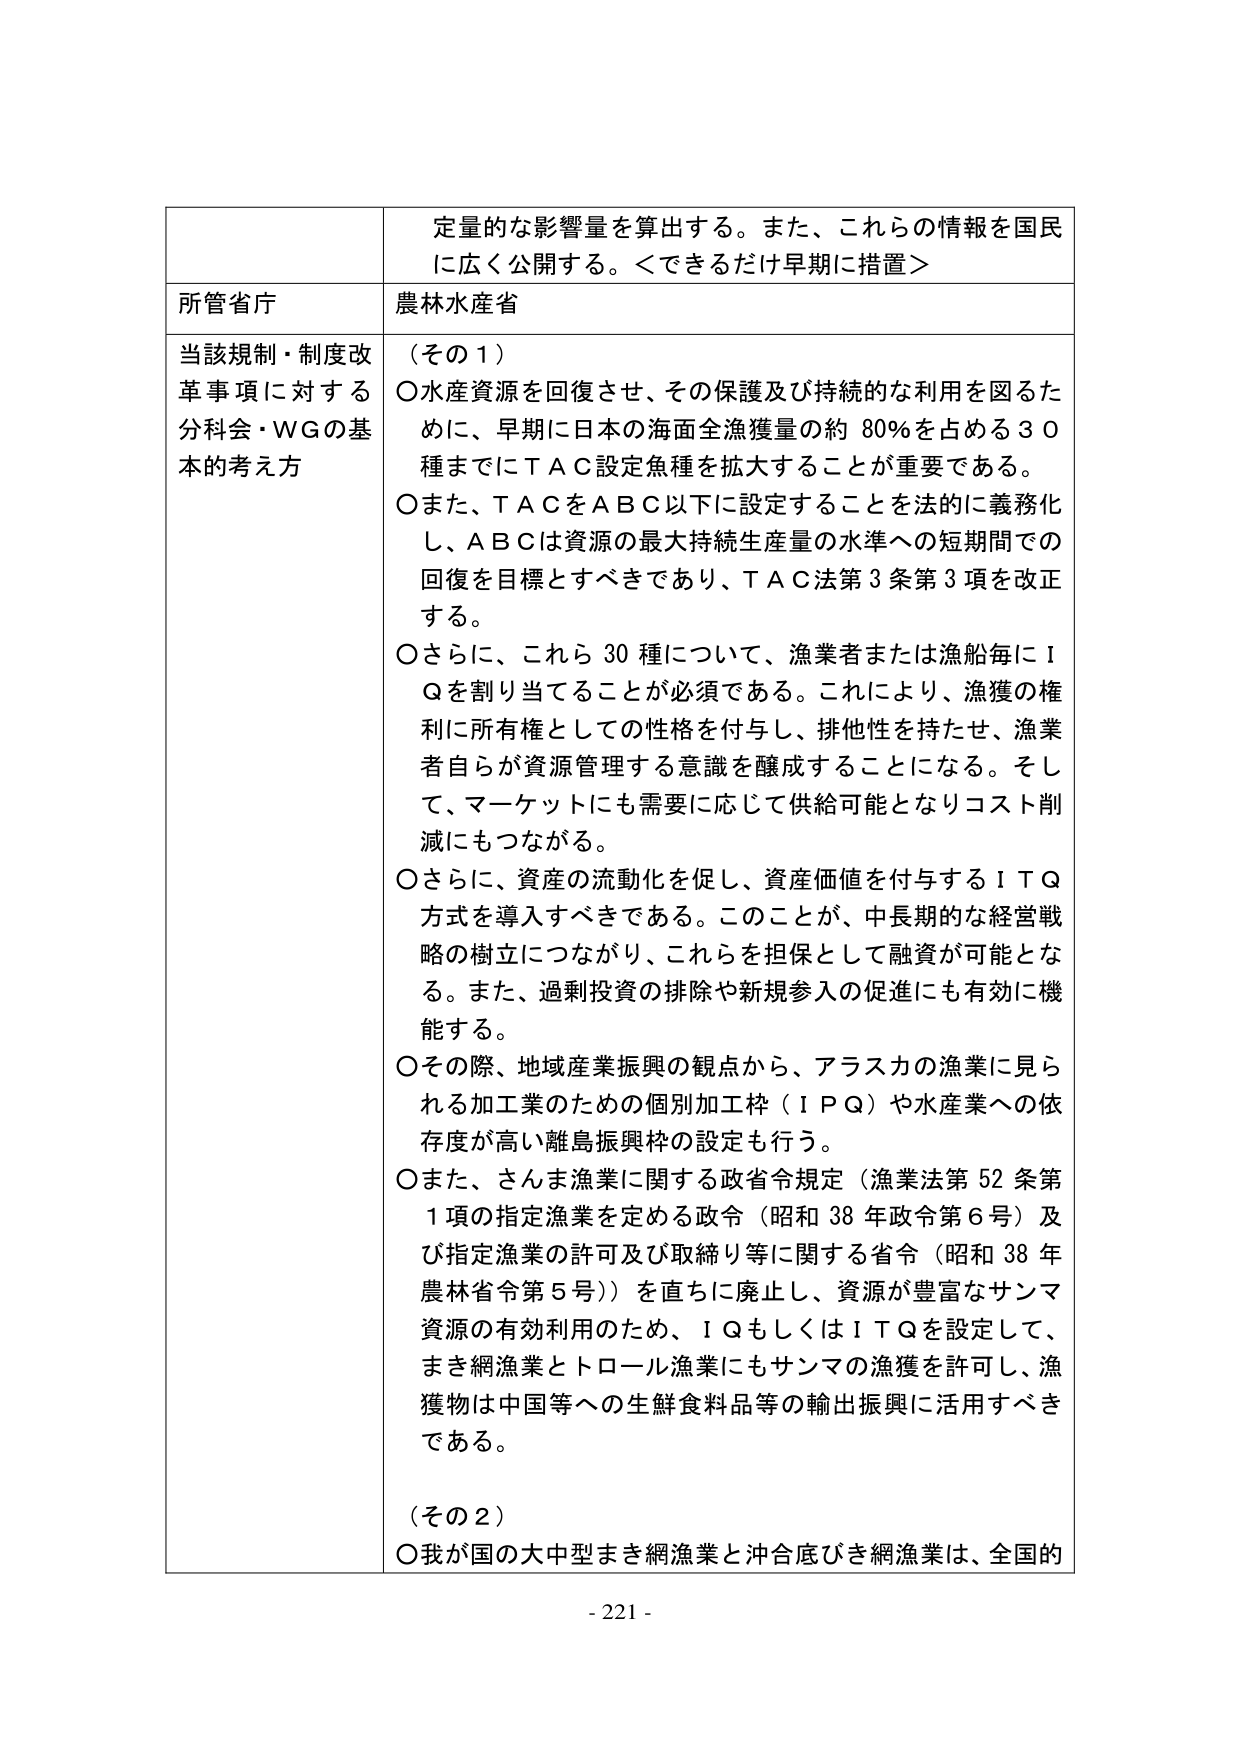
定量的な影響量を算出する。また、これらの情報を国民に広く公開する。＜できるだけ早期に措置＞

所管省庁
農林水産省

当該規制・制度改革事項に対する分科会・WGの基本的考え方

（その１）
〇水産資源を回復させ、その保護及び持続的な利用を図るために、早期に日本の海面全漁獲量の約80％を占める30種までにＴＡＣ設定魚種を拡大することが重要である。
〇また、ＴＡＣをＡＢＣ以下に設定することを法的に義務化し、ＡＢＣは資源の最大持続生産量の水準への短期間での回復を目標とすべきであり、ＴＡＣ法第3条第3項を改正する。
〇さらに、これら30種について、漁業者または漁船毎にＩＱを割り当てることが必須である。これにより、漁獲の権利に所有権としての性格を付与し、排他性を持たせ、漁業者自らが資源管理する意識を醸成することになる。そして、マーケットにも需要に応じて供給可能となりコスト削減にもつながる。
〇さらに、資産の流動化を促し、資産価値を付与するＩＴＱ方式を導入すべきである。このことが、中長期的な経営戦略の樹立につながり、これらを担保として融資が可能となる。また、過剰投資の排除や新規参入の促進にも有効に機能する。
〇その際、地域産業振興の観点から、アラスカの漁業に見られる加工業のための個別加工枠（ＩＰＱ）や水産業への依存度が高い離島振興枠の設定も行う。
〇また、さんま漁業に関する政省令規定（漁業法第52条第1項の指定漁業を定める政令（昭和38年政令第6号）及び指定漁業の許可及び取締り等に関する省令（昭和38年農林省令第5号））を直ちに廃止し、資源が豊富なサンマ資源の有効利用のため、ＩＱもしくはＩＴＱを設定して、まき網漁業とトロール漁業にもサンマの漁獲を許可し、漁獲物は中国等への生鮮食料品等の輸出振興に活用すべきである。

（その２）
〇我が国の大中型まき網漁業と沖合底びき網漁業は、全国的

- 221 -